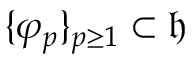
\{ \varphi _ { p } \} _ { p \ge 1 } \subset \mathfrak { h }